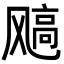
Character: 𩙮